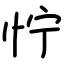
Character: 㤖